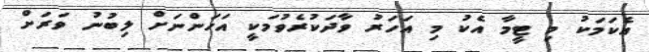
އެކަމަކު މި ޓީމާ އެކު މި އަހަރު ވާދަކުރެވުމަކީ އަހަންނަށް ލިބުނު ވަރަށް